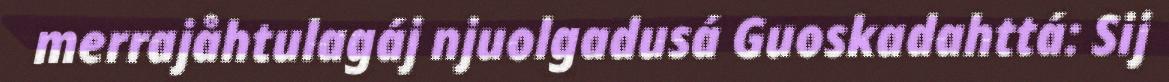
merrajåhtulagáj njuolgadusá Guoskadahttá: Sij